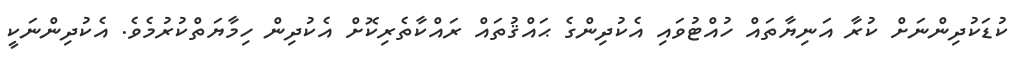
ކުޑަކުދިންނަށް ކުރާ އަނިޔާތައް ހުއްޓުވައި އެކުދިންގެ ޙައްޤުތައް ރައްކާތެރިކޮށް އެކުދިން ހިމާޔަތްކުރުމެވެ. އެކުދިންނަކީ